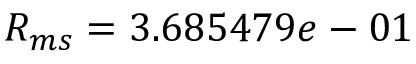
R _ { m s } = 3 . 6 8 5 4 7 9 e - 0 1